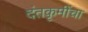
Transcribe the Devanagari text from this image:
दंतकृमींचा